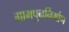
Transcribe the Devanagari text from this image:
ग्रामपुनर्निर्माण